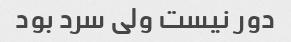
دور نیست ولی سرد بود